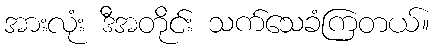
အားလုံး ဒီအတိုင်း သက်သေခံကြတယ်။